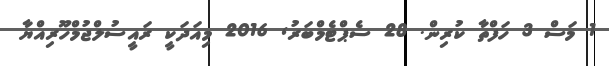
1 މަސް 3 ހަފްތާ ކުރިން. 28 ސެޕްޓެމްބަރު